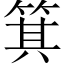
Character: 箕